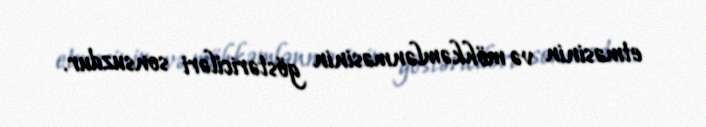
etməsinin və möhkəmlənməsinin göstəriciləri sonsuzdur.